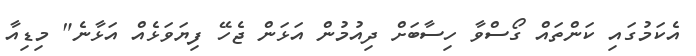
އެކަމުގައި ކަންތައް ގޯސްވާ ހިސާބަށް ދިއުމުން އަޅަން ޖެހޭ ފިޔަވަޅެއް އަޅާނެ" މިޑިއާ